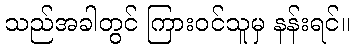
သည်အခါတွင် ကြားဝင်သူမှ နန်းရင်။